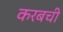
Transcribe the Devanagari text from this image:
करबची